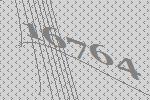
16764